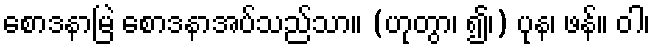
စောဒနာမြဲ စောဒနာအပ်သည်သာ။ (ဟုတွာ၊ ၍၊) ပုန၊ ဖန်။ ဝါ၊